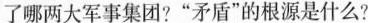
了哪两大军事集团?“矛盾”的根源是什么?